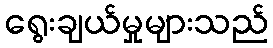
ရွေးချယ်မှုများသည်